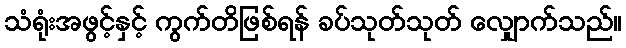
သံရုံးအဖွင့်နှင့် ကွက်တိဖြစ်ရန် ခပ်သုတ်သုတ် လျှောက်သည်။